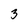
Character: 3